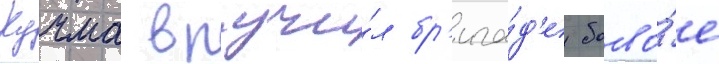
Кучма вручи́л бр'ига́д'е боево́е